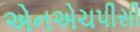
એનએચપીસી